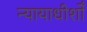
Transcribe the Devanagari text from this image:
न्यायाधीशोँ